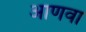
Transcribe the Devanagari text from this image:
आणवा